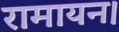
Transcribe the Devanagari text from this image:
रामायन।